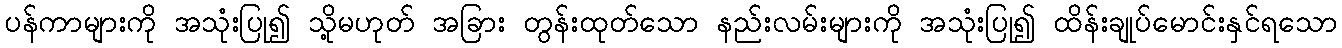
ပန်ကာများကို အသုံးပြု၍ သို့မဟုတ် အခြား တွန်းထုတ်သော နည်းလမ်းများကို အသုံးပြု၍ ထိန်းချုပ်မောင်းနှင်ရသော